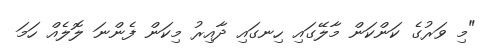
"މި ވަރުގެ ކަންކަން މާލޭގައި ހިނގައި ދާއިރު މިކަން ފެންނަ ލޮލެއް ހަމަ